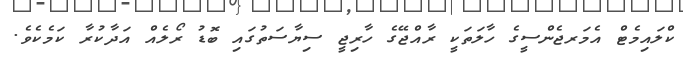
ކްލައިމެޓް އެމަރޖެންސީގެ ހާލަތަކީ ރާއްޖޭގެ ހާރިޖީ ސިޔާސަތުގައި ބޮޑު ރޯލެއް އަދާކުރާ ކަމެކެވެ.